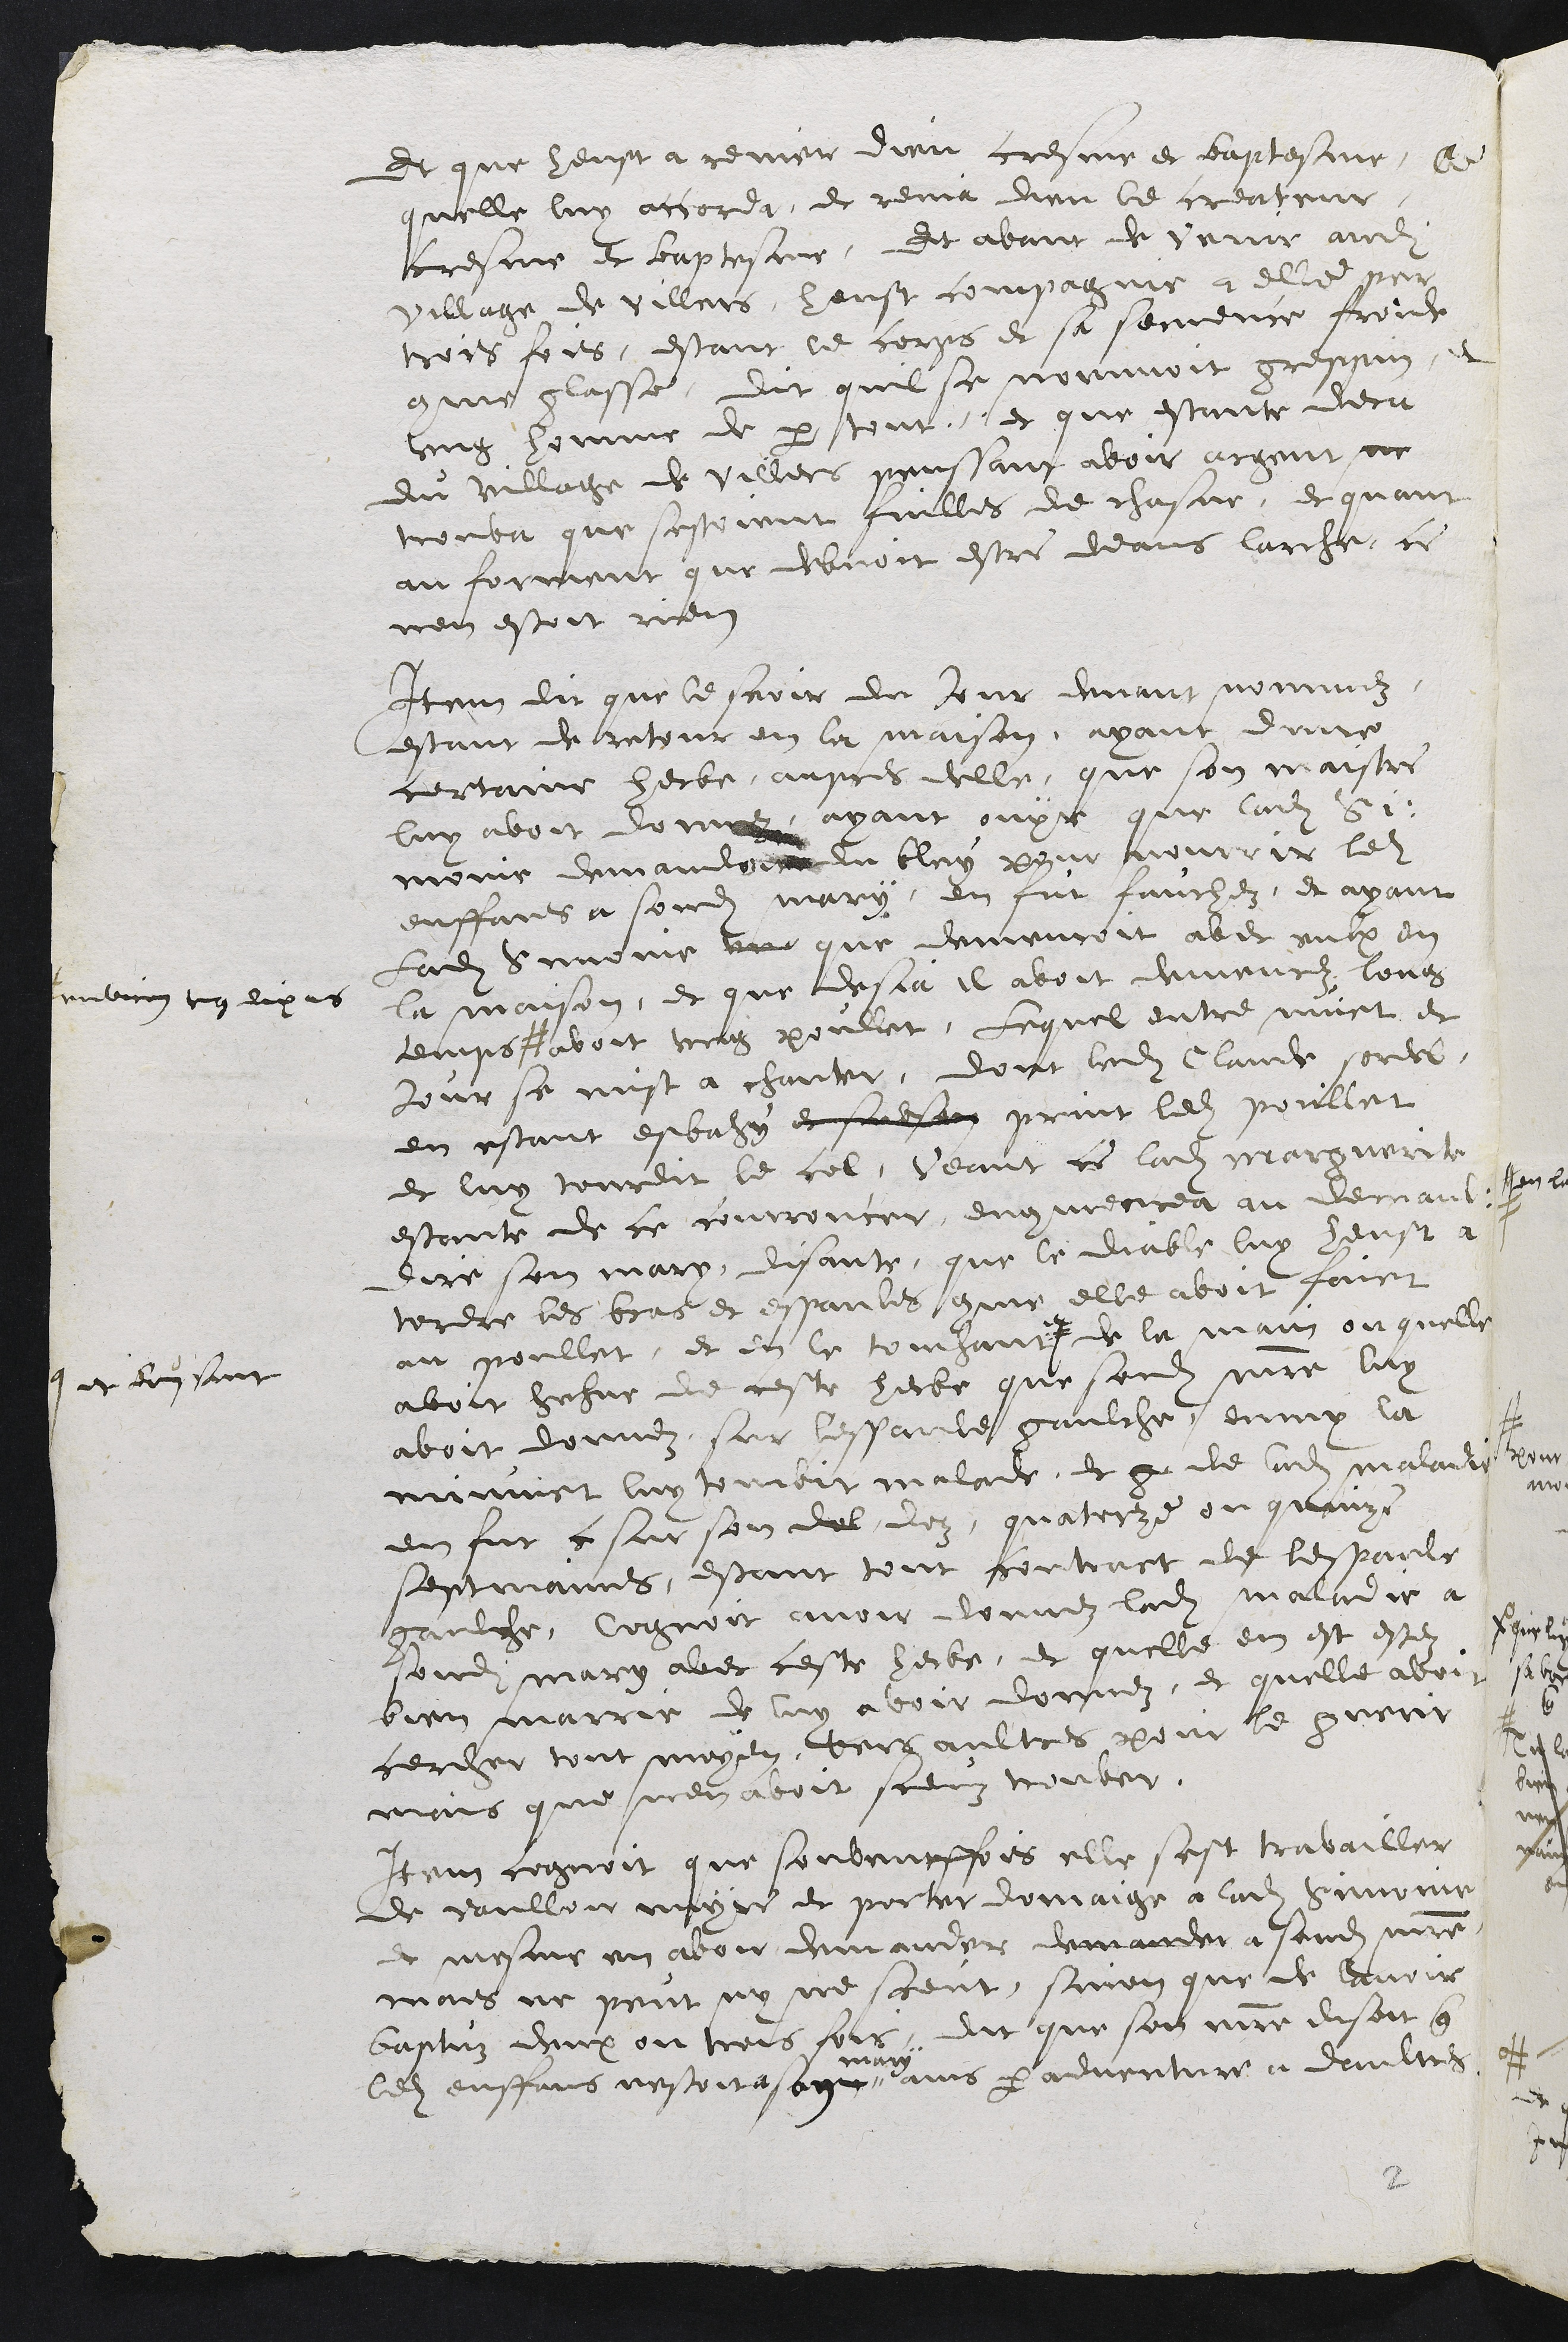
Et que heust a rener dieu cresme et baptesme, ce
quelle luy accorda, et rema dieu le createur,
cresme et baptesme, Et avant de verir audit
village de villers, heust compagnie a elle pour
trois fois, estant le corps et sa semence froide
comme glasse, dit quil se nommoit greppin, et
ung homme de par tout, et que estante dena
du village de villers penssant avoir argent ne
trouva que sestoient quilles de chasne, et quant
au forment que debvoit estre deans lache, ce
nen estoit rien
Item dit que le seoir du Jour devant nomméz,
estant de retour en la maison, ayant donne
certaine herbe, aupres delle, que son maistre
luy avoit donnéz, ayant ouyt que ladite si
monie demander du luy pour mourrir ledit
enffans a sondit mary, en fut fauchez, et ayant
Ladite sinome te que demeuroit aber aux en
la maison, et que desja il avoit demeurs long
tenviron ung dix ans
temps avoit tung poulat, Lequel entre nuict et
jour se mist a chanter, dont ladite Claude sordes,
en estant esbahe et sabat print ledit poullet
et luy tourdit le col, veant ce ladite marguerite
estante de ce courroucer, ung mencea au derriaul
dire son mary, disante, que le diable luy heust a
tordre les bras et espaules comme elle avoit faict
au poullet, et en le touchant de la main ou quelle
avoit hehue de ceste herbe que sondit maistre luy
# et ayant
avoit donnez sur lespande gaulche, enmy la
mainet luy touroit malade, et ce de ladite maladie
en fut ce sur son del doz, quatorze ou quaire
septmaines, estant tout fortant de lespaule
gaulche, cognoit avoir donnez ladite maladie à
sondit mary avec ceste herbe, et quelle en est estez
bien marrie de luy avoir donnez, et quelle avoit
cerder tout moyen vers aultres pour le guerir
mais que nen avoit sceuz trouver
Item cognoit que souventeffois elle sest travailler
de voulloir myre et porter domaige a ladite hoine
et mesme en avoir demander demander à sondit maistre
mais ne print ny ne sceut, sinon que de lavoir
baptuz deux ou trois fois, dit que son maistre disoit que
ledit enffans nestoit son
mari
ains par adventure à daultres
2